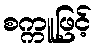
စက္ကူဖြင့်